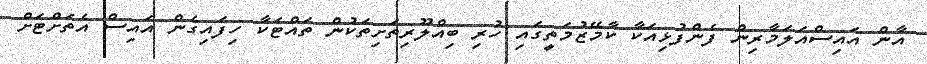
އާން އައިސްއަލަމާރިން ފެންފުޅިއަކާ ކާމޭޒުމަތީގައި ހުރި ބިއްލޫރިތަށިތަކުން ތައްޓަކާ ހިފައިގެން އައިސް އެތަށްޓަށް